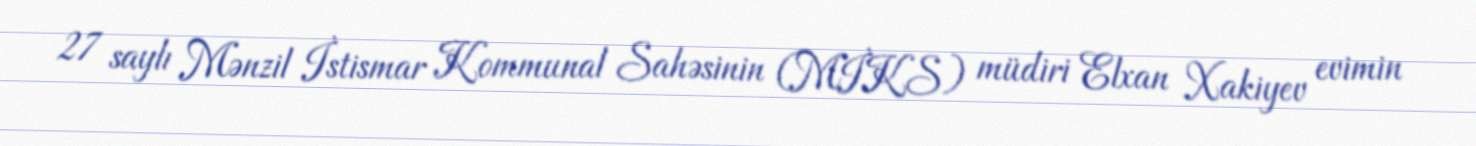
27 saylı Mənzil İstismar Kommunal Sahəsinin (MİKS) müdiri Elxan Xakiyev evimin